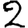
Digit: 2